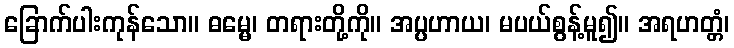
ခြောက်ပါးကုန်သော။ ဓမ္မေ၊ တရားတို့ကို။ အပ္ပဟာယ၊ မပယ်စွန့်မူ၍။ အရဟတ္တံ၊